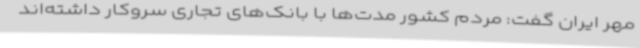
مهر ایران گفت: مردم کشور مدت‌ها با بانک‌های تجاری سروکار داشته‌اند